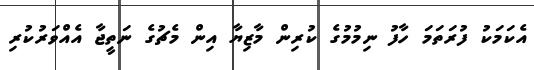
އެކަމަކު ފުރަތަމަ ހާފު ނިމުމުގެ ކުރިން މާޒިޔާ އިން މެޗުގެ ނަތީޖާ އެއްވަރުކުރި